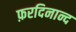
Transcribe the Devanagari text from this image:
फ़रदिनान्द